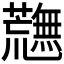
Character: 𮓉